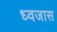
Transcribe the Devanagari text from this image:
ध्वजास